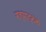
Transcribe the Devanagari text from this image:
गत्‍यात्‍मक